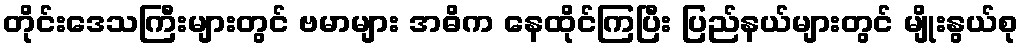
တိုင်းဒေသကြီးများတွင် ဗမာများ အဓိက နေထိုင်ကြပြီး ပြည်နယ်များတွင် မျိုးနွယ်စု